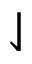
\downharpoonleft